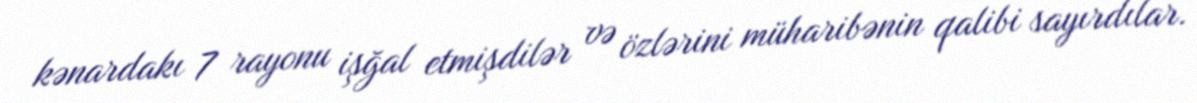
kənardakı 7 rayonu işğal etmişdilər və özlərini müharibənin qalibi sayırdılar.